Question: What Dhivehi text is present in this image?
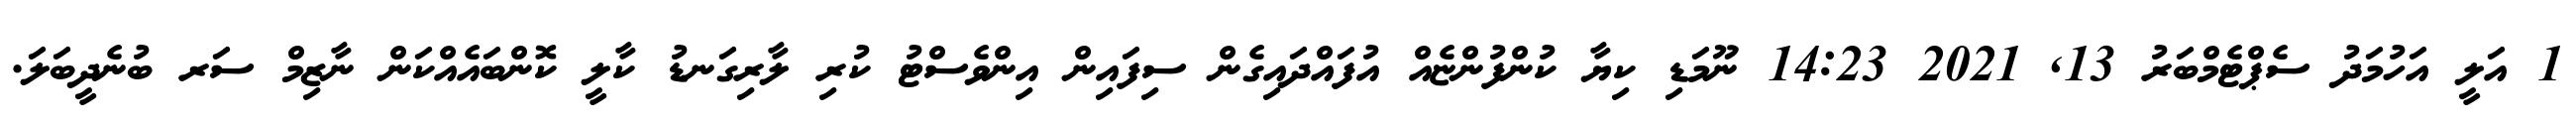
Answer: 1 އަލީ އަހުމަދު ސެޕްޓެމްބަރު 13, 2021 14:23 ނޫމަޑި ކިޔާ ކުންފުންޏެއް އުފައްދައިގެން ސިފައިން އިންވެސްޓު ކުރި ލާރިގަނޑު ކާލީ ކޮންބައެއްކަން ނާޒިމް ސަރ ބުނެދީބަލަ.